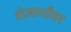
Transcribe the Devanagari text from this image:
शेजार्यांवर